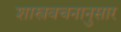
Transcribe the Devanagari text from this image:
शास्त्रवचनानुसार